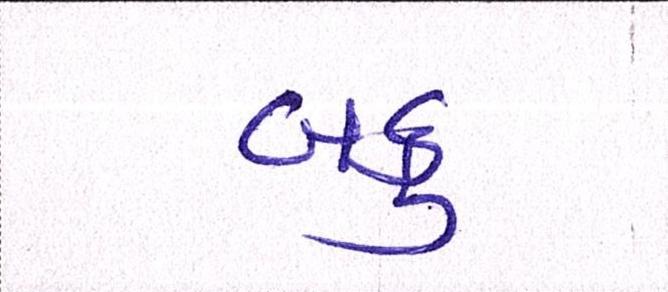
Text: બકુ